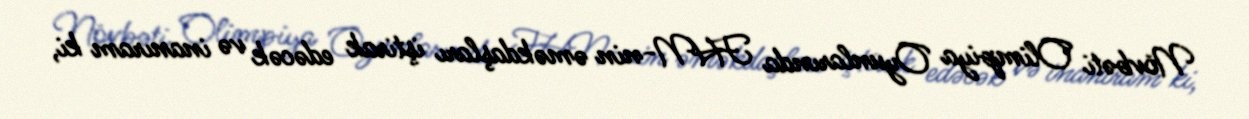
Növbəti Olimpiya Oyunlarında FHN-nin əməkdaşları iştirak edəcək və inanıram ki,